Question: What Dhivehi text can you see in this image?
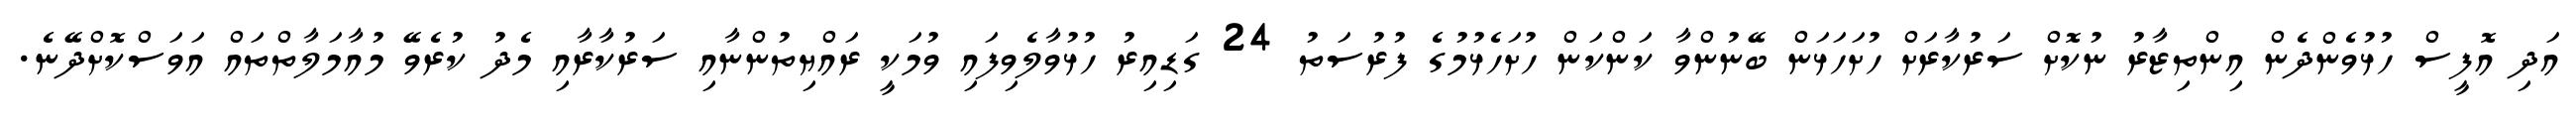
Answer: އަދި އޮފީސް ހުޅުވެންދެން އިންތިޒާރު ނުކޮށް ސަރުކާރަށް ހުށަހަޅަން ބޭނުންވާ ކަންކަން ހުށަހެޅުމުގެ ފުރުސަތު 24 ގަޑިއިރު ހުޅުވާލެވިފައި ވުމަކީ ރައްޔިތުންނާއި ސަރުކާރާއި މެދު ކުރެވޭ މުއާމަލާތްތައް އަވަސްކޮށްދޭނެ.